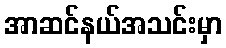
အာဆင်နယ်အသင်းမှာ